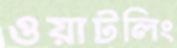
ওয়াটলিং